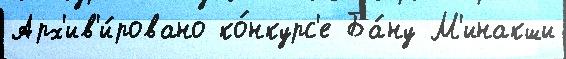
Арх'ив'и́ровано ко́нкурс'е Ба́ну М'инакши